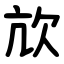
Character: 㰠